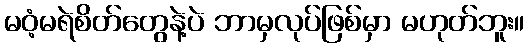
မဝံ့မရဲစိတ်တွေနဲ့ပဲ ဘာမှလုပ်ဖြစ်မှာ မဟုတ်ဘူး။